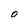
Character: 0